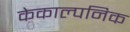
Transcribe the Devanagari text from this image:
केकाल्पनिक